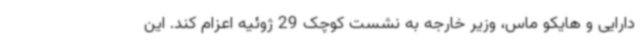
دارایی و هایکو ماس، وزیر خارجه به نشست کوچک 29 ژوئیه اعزام کند. این